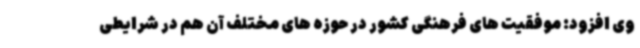
وی افزود: موفقیت های فرهنگی کشور در حوزه های مختلف آن هم در شرایطی